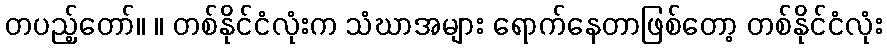
တပည့်တော်။ ။ တစ်နိုင်ငံလုံးက သံဃာအများ ရောက်နေတာဖြစ်တော့ တစ်နိုင်ငံလုံး